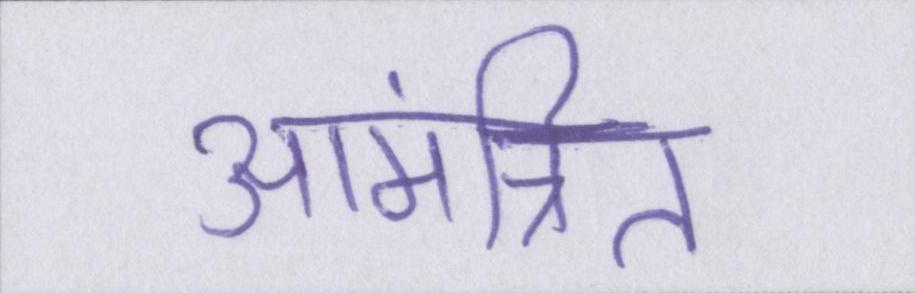
आमंत्रित